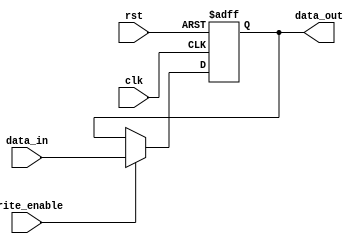
module register(
    input clk,
    input rst,
    input [7:0] data_in,
    input write_enable,
    output reg [7:0] data_out
);

    reg [7:0] reg_data;

    always @(posedge clk or posedge rst) begin
        if (rst) begin
            reg_data <= 8'h00; // Reset the register to 0
        end else if (write_enable) begin
            reg_data <= data_in; // Write operation
        end
    end

    assign data_out = reg_data; // Output data

endmodule